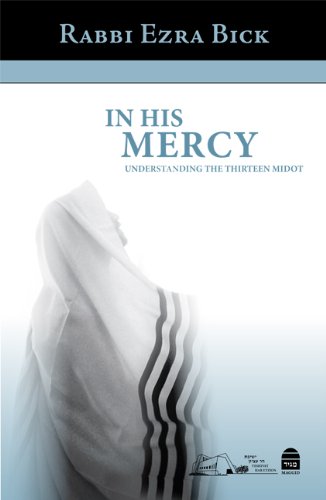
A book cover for In His Mercy: Understanding the Thirteen Midot; Ezra Bick; Religion & Spirituality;